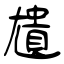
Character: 尵